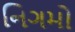
નિગમો